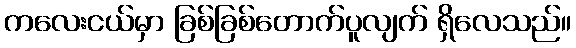
ကလေးငယ်မှာ ခြစ်ခြစ်တောက်ပူလျက် ရှိလေသည်။